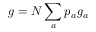
g = N \sum _ { a } p _ { a } g _ { a }